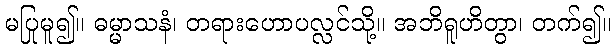
မပြုမူ၍။ ဓမ္မာသနံ၊ တရားဟောပလ္လင်သို့။ အဘိရူဟိတွာ၊ တက်၍။